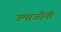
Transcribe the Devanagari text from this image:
उमाजीनी